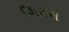
ગિરાસ